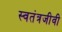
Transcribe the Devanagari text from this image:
स्वतंत्रजीवी